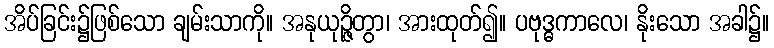
အိပ်ခြင်း၌ဖြစ်သော ချမ်းသာကို။ အနုယုဉ္ဇိတွာ၊ အားထုတ်၍။ ပဗုဒ္ဓကာလေ၊ နိုးသော အခါ၌။